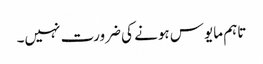
تاہم مایوس ہونے کی ضرورت نہیں۔